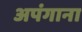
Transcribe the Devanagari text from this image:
अपंगाना